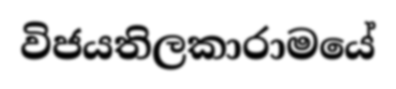
විජයතිලකාරාමයේ